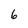
Character: 6